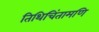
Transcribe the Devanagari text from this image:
तिथिचिंतामणि